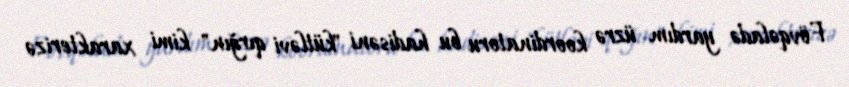
Fövqəladə yardım üzrə koordinatoru bu hadisəni "kütləvi qırğın" kimi xarakterizə